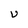
Character: U